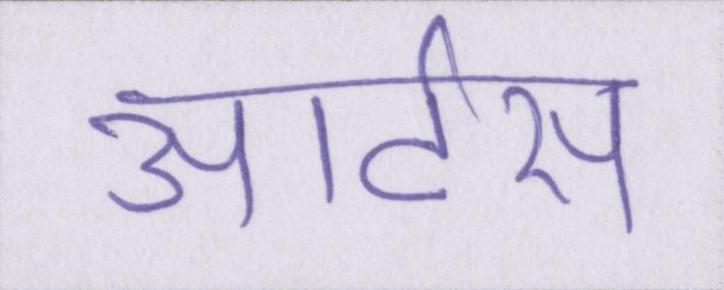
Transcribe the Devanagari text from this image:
आर्टस